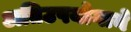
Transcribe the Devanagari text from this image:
अतिउपयोगाने